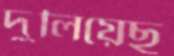
দুলিয়েছ